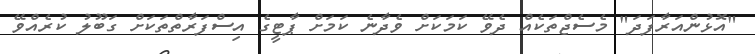
"އޮޅުންއަރާފަދަ" މެސެޖްތަކެއް ދެވޭ ކަމަކަށް ވެދާނެ ކަމަށް ޕާޓީގެ އިސްފަރާތްތަކަށް ގަބޫލު ކުރެއްވޭ